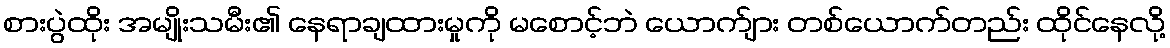
စားပွဲထိုး အမျိုးသမီး၏ နေရာချထားမှုကို မစောင့်ဘဲ ယောက်ျား တစ်ယောက်တည်း ထိုင်နေလို့